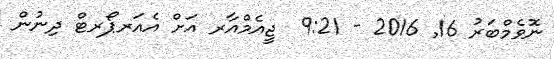
ނޮވެމްބަރު 16